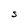
Character: S